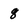
Character: 8